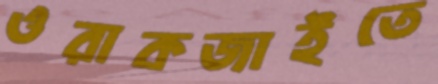
ওরাকজাইতে